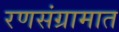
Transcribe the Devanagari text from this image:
रणसंग्रामात